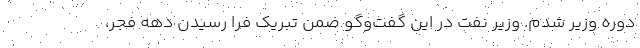
دوره وزیر شدم. وزیر نفت در این گفت‌وگو ضمن تبریک فرا رسیدن دهه فجر،